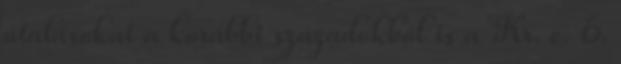
utalásokat a korábbi századokból is a Kr. e. 6.